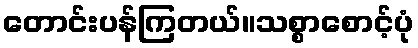
တောင်းပန်ကြတယ်။သစ္စာစောင့်ပုံ